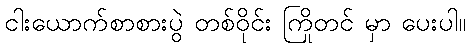
ငါးယောက်စာစားပွဲ တစ်ဝိုင်း ကြိုတင် မှာ ပေးပါ။